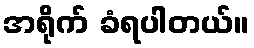
အရိုက် ခံရပါတယ်။